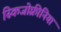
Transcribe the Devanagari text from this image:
स्किजोफ़्रीनिया